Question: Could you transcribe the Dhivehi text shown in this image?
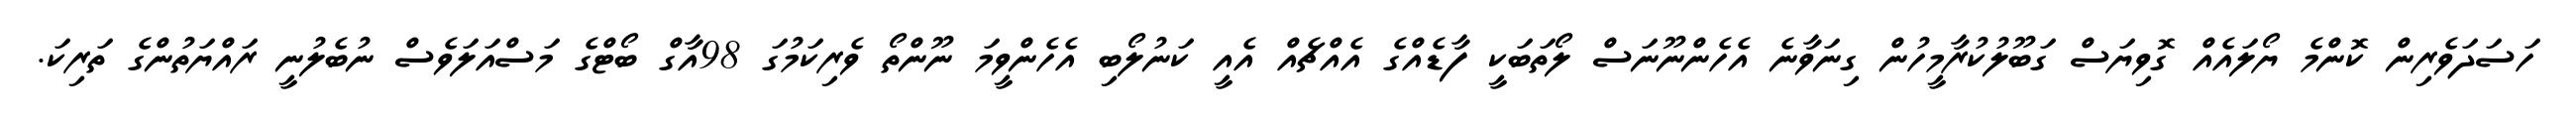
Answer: ހަސަދަވެރިން ކޮންމެ ޔޯލައެއް ގޮވިޔަސް ގަބޫލުކުރާމީހުން ގިނަވާނެ އެހެންނޫނަސް ލޯތަބަކީ ފާޑެއްގެ އެއްޗެއް އެއީ ކަނުލޯބި އެހެންވީމަ ނޫންތޯ ވެރިކަމުގަ 98އާގް ބޯޓްގެ މަސްއަލަވެސް ނުބެލުނީ ރައްޔަތުންގެ ތަރިކަ.